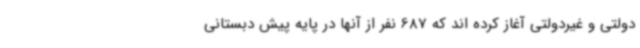
دولتی و غیردولتی آغاز کرده اند که 687 نفر از آنها در پایه پیش دبستانی